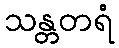
သန္တတရံ